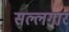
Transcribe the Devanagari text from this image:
सल्लगार